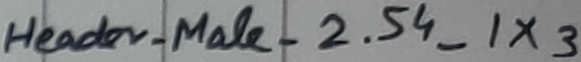
Text: Header_Male_2.54_1X3